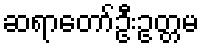
ဆရာတော်ဦးဥတ္တမ